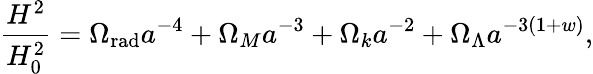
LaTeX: \frac{H^{2}}{H_{0}^{2}}=\Omega_{\mathrm{rad}}a^{-4}+\Omega_{M}a^{-3}+\Omega_{k}a^{-2}+\Omega_{\Lambda}a^{-3(1+w)},